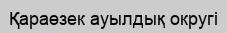
Қараөзек ауылдық округі